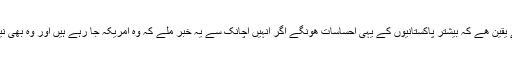
وہ احساسات نا صرف ایک قبایلی لڑکی کے تھے بلکہ مجھے یقین ھے کہ بیشتر پاکستانیوں کے یہی احساسات ھونگے اگر انہیں اچانک سے یہ خبر ملے کہ وہ امریکہ جا رہے ہیں اور وہ بھی نیشنل جیوگرافک جیسے بین الاقوامی ادارے کے مہمان بن کر۔